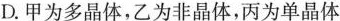
D.甲为多晶体，乙为非晶体，丙为单晶体